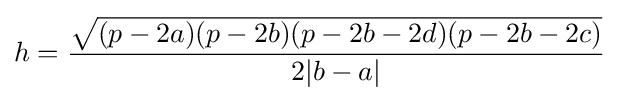
h={\frac {\sqrt {(p-2a)(p-2b)(p-2b-2d)(p-2b-2c)}}{2|b-a|}}